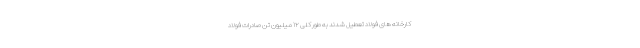
کارخانه های فولاد تعطیل شدند به طور کلی ۱۲ میلیون تن صادرات فولاد